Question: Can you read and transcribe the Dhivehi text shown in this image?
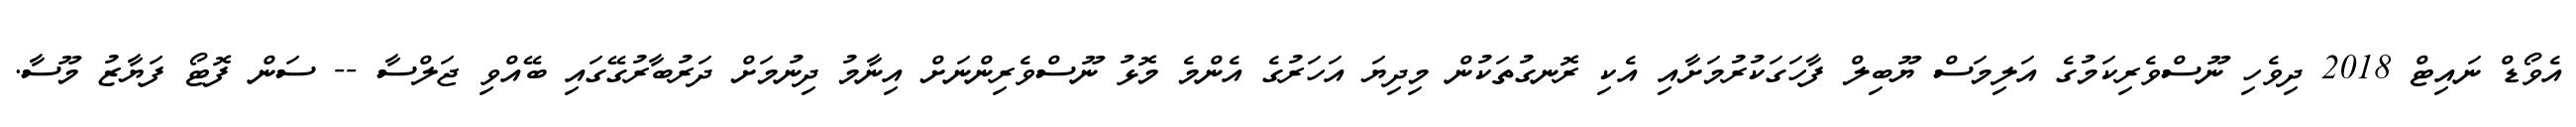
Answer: އެވޯޑް ނައިޓް 2018 ދިވެހި ނޫސްވެރިކަމުގެ އަލިމަސް ޔޫބިލް ފާހަގަކުރުމަށާއި އެކި ރޮނގުތަކުން މިދިޔަ އަހަރުގެ އެންމެ މޮޅު ނޫސްވެރިންނަށް އިނާމު ދިނުމަށް ދަރުބާރުގޭގައި ބޭއްވި ޖަލްސާ -- ސަން ފޮޓޯ ފަޔާޒު މޫސާ.